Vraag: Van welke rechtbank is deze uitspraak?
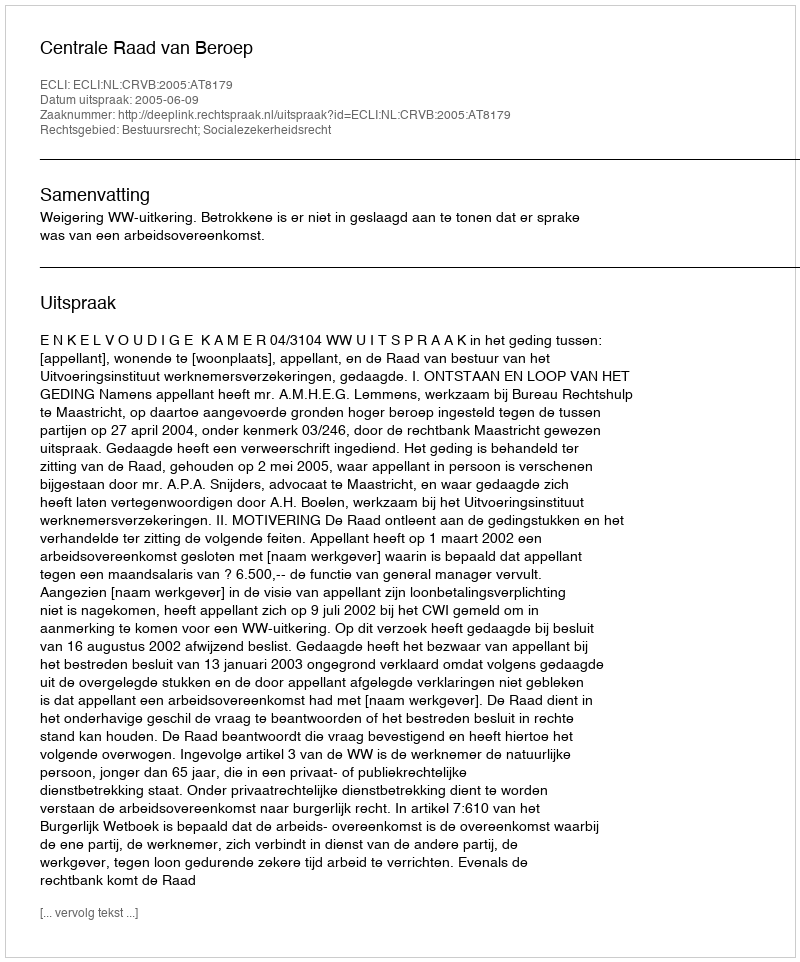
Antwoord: Centrale Raad van Beroep